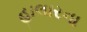
હાલારના